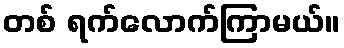
တစ် ရက်လောက်ကြာမယ်။